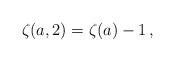
LaTeX: \begin{align*}\zeta(a,2)=\zeta(a)-1\,,\end{align*}